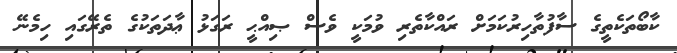
ކާބޯތަކެތީގެ ސާފުތާހިރުކަމަށް ރައްކާތެރި ވުމަކީ ވެސް ޞިއްޙީ ރަގަޅު ޢާދަތަކުގެ ތެރޭގައި ހިމެނޭ